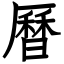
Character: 曆